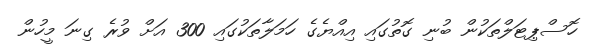
ހޮސްޕިޓަލްތަކުން ބުނި ގޮތުގައި އިއްޔެގެ ހަމަލާތަކުގައި 300 އަށް ވުރެ ގިނަ މީހުން